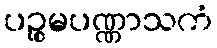
ပဉ္စမပဏ္ဏာသကံ